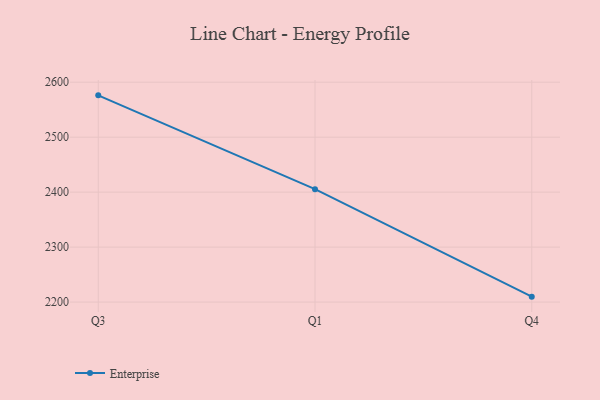
{"axis": {"x": "Quarter", "y": "LTV (USD)"}, "legend": ["Enterprise"], "data": [{"x": "Q3", "y": 2576.1, "type": "Enterprise"}, {"x": "Q1", "y": 2405.5, "type": "Enterprise"}, {"x": "Q4", "y": 2209.9, "type": "Enterprise"}]}